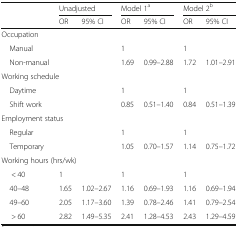
<table><thead><tr><td rowspan="2"></td><td colspan="2"><b>Unadjusted</b></td><td colspan="2"><b>Model 1<sup>a</sup></b></td><td colspan="2"><b>Model 2<sup>b</sup></b></td></tr><tr><td><b>OR</b></td><td><b>95% CI</b></td><td><b>OR</b></td><td><b>95% CI</b></td><td><b>OR</b></td><td><b>95% CI</b></td></tr></thead><tbody><tr><td colspan="7">Occupation</td></tr><tr><td> Manual</td><td></td><td></td><td>1</td><td></td><td>1</td><td></td></tr><tr><td> Non-manual</td><td></td><td></td><td>1.69</td><td>0.99–2.88</td><td>1.72</td><td>1.01–2.91</td></tr><tr><td colspan="7">Working schedule</td></tr><tr><td> Daytime</td><td></td><td></td><td>1</td><td></td><td>1</td><td></td></tr><tr><td> Shift work</td><td></td><td></td><td>0.85</td><td>0.51–1.40</td><td>0.84</td><td>0.51–1.39</td></tr><tr><td colspan="7">Employment status</td></tr><tr><td> Regular</td><td></td><td></td><td>1</td><td></td><td>1</td><td></td></tr><tr><td> Temporary</td><td></td><td></td><td>1.05</td><td>0.70–1.57</td><td>1.14</td><td>0.75–1.72</td></tr><tr><td colspan="7">Working hours (hrs/wk)</td></tr><tr><td>&lt; 40</td><td>1</td><td></td><td>1</td><td></td><td>1</td><td></td></tr><tr><td> 40–48</td><td>1.65</td><td>1.02–2.67</td><td>1.16</td><td>0.69–1.93</td><td>1.16</td><td>0.69–1.94</td></tr><tr><td> 49–60</td><td>2.05</td><td>1.17–3.60</td><td>1.39</td><td>0.78–2.46</td><td>1.41</td><td>0.79–2.54</td></tr><tr><td>&gt; 60</td><td>2.82</td><td>1.49–5.35</td><td>2.41</td><td>1.28–4.53</td><td>2.43</td><td>1.29–4.59</td></tr></tbody></table>